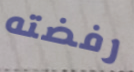
رفضته